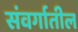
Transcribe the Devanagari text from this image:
संवर्गातील